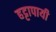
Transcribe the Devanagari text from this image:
हट्टापायी